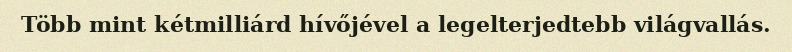
Több mint kétmilliárd hívőjével a legelterjedtebb világvallás.